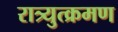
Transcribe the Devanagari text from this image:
रात्र्युत्क्रमण